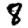
Digit: 8